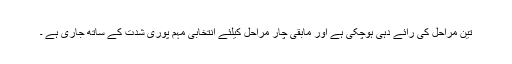
تین مراحل کی رائے دہی ہوچکی ہے اور مابقی چار مراحل کیلئے انتخابی مہم پوری شدت کے ساتھ جاری ہے ۔